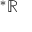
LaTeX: { } ^ { \ast } \mathbb { R }